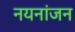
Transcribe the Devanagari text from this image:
नयनांजन